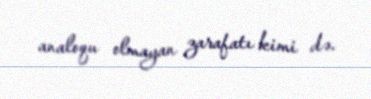
analoqu olmayan zarafatı kimi də.